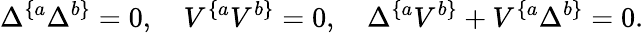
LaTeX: \Delta^{\{ a}\Delta^{b\} }=0,\quad V^{\{ a}V^{b\} }=0,\quad\Delta^{\{ a}V^{b\} }+V^{\{ a}\Delta^{b\} }=0.